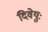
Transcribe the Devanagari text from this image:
दिवेयुः